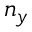
n _ { y }